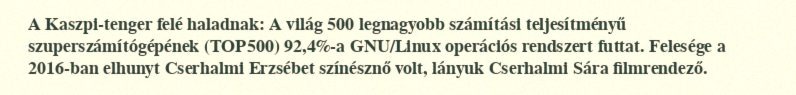
A Kaszpi-tenger felé haladnak: A világ 500 legnagyobb számítási teljesítményű szuperszámítógépének (TOP500) 92,4%-a GNU/Linux operációs rendszert futtat. Felesége a 2016-ban elhunyt Cserhalmi Erzsébet színésznő volt, lányuk Cserhalmi Sára filmrendező.